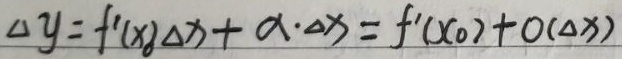
\(\Delta y = f'(x_{0})\Delta x+\alpha\cdot\Delta x=f'(x_{0})\Delta x + o(\Delta x)\)